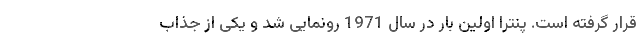
قرار گرفته است. پنترا اولین بار در سال 1971 رونمایی شد و یکی از جذاب